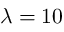
\lambda = 1 0